Scottish Leaving Certificate Examination, 1959
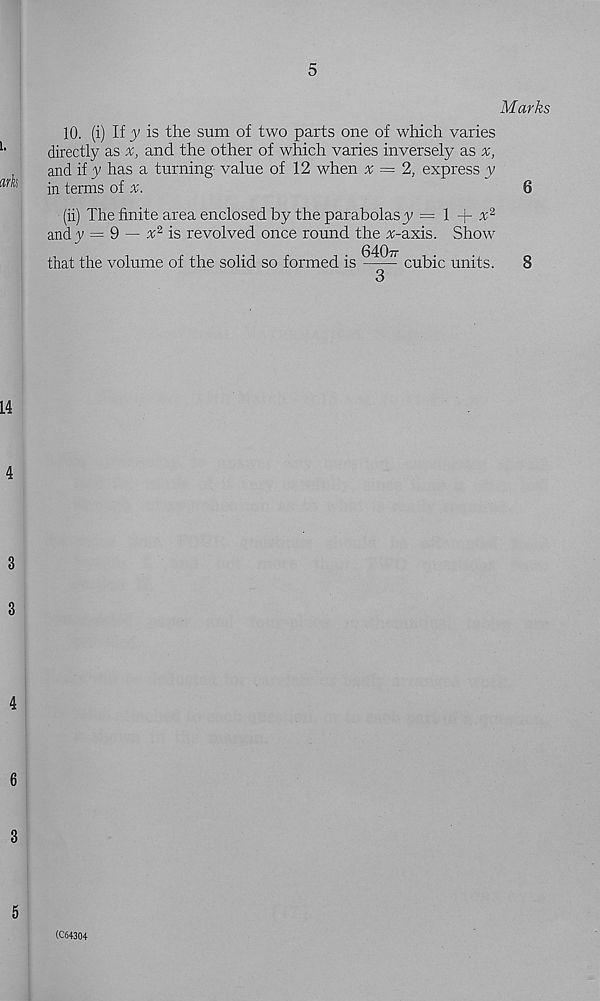
Marks
10. (i) If y is the sum of two parts one of which varies
directly as
and the other of which varies inversely as x,
and if y has a turning value of 12 when x = 2, express y
in terms of
6
(ii) The finite area enclosed by the parabolas y = 1 -j- x 2
andy = 9 ~
is revolved once round the :r-axis. Show
64077
that the volume of the solid so formed is
cubic units.
8
3
(C64304